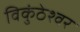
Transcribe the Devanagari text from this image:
विकुंठेश्वर